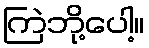
ကြဲဘို့ပေါ့။